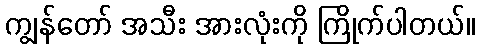
ကျွန်တော် အသီး အားလုံးကို ကြိုက်ပါတယ်။